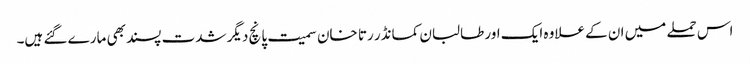
اس حملے میں ان کے علاوہ ایک اور طالبان کمانڈر رتا خان سمیت پانچ دیگر شدت پسند بھی مارے گئے ہیں۔